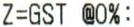
Z=GST @0%: